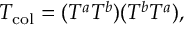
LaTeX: T _ { \mathrm { c o l } } = ( T ^ { a } T ^ { b } ) ( T ^ { b } T ^ { a } ) ,